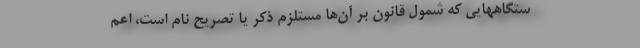
ستگاههایی که شمول قانون بر آن‌ها مستلزم ذکر یا تصریح نام است، اعم